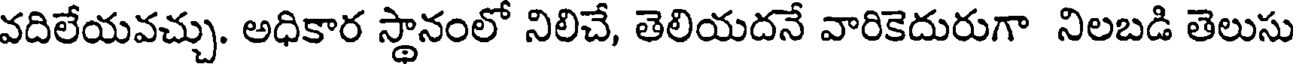
వదిలేయవచ్చు. అధికార స్థానంలో నిలిచే, తెలియదనే వారికెదురుగా నిలబడి తెలుసు